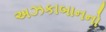
અઝકાબાનનો